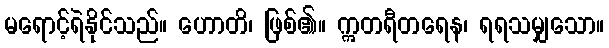
မရောင့်ရဲနိုင်သည်။ ဟောတိ၊ ဖြစ်၏။ ဣတရီတရေန၊ ရရသမျှသော။